Civil Veterinary Dept. Bombay admin report 1907-1913 - 1907-1913
Year: 1907
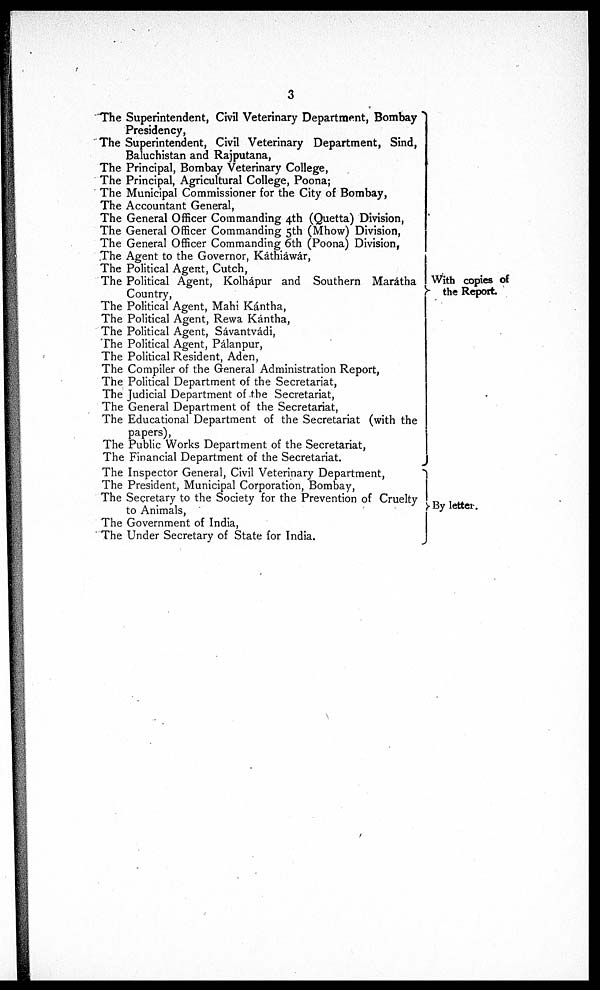
3
The Superintendent, Civil Veterinary Department, Bombay
Presidency,
The Superintendent, Civil Veterinary Department, Sind,
Baluchistan and Rajputana,
The Principal, Bombay Veterinary College,
The Principal, Agricultural College, Poona;
The Municipal Commissioner for the City of Bombay,
The Accountant General,
The General Officer Commanding 4th (Quetta) Division,
The General Officer Commanding 5th (Mhow) Division,
The General Officer Commanding 6th (Poona) Division,
The Agent to the Governor, Káthiáwár,
The Political Agent, Cutch,
The Political Agent, Kolhapur and Southern Marátha
Country,
The Political Agent, Mahi Kántha,
The Political Agent, Rewa Kántha,
The Political Agent, Sávantvádi,
The Political Agent, Pálanpur,
The Political Resident, Aden,
The Compiler of the General Administration Report,
The Political Department of the Secretariat,
The Judicial Department of the Secretariat,
The General Department of the Secretariat,
The Educational Department of the Secretariat (with the
papers),
The Public Works Department of the Secretariat,
The Financial Department of the Secretariat.
The Inspector General, Civil Veterinary Department,
The President, Municipal Corporation, Bombay,
The Secretary to the Society for the Prevention of Cruelty
to Animals,
The Government of India,
The Under Secretary of State for India.
With copies of
the Report.
By letter.